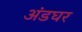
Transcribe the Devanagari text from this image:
अंडघर